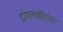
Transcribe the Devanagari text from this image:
दंगलखोरांना